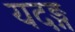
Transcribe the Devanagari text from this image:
यदङ्ग